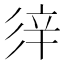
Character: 𨐍